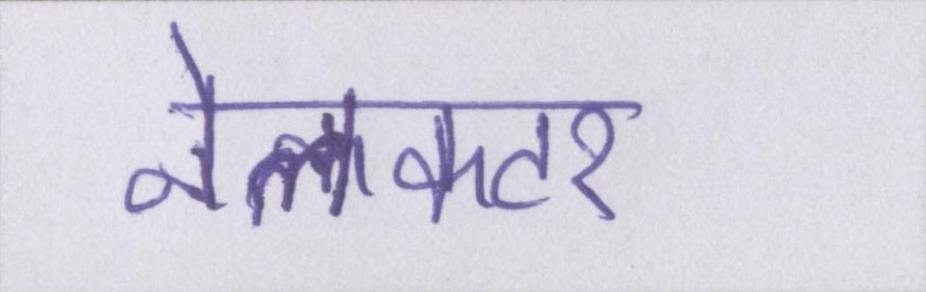
नेलकटर